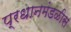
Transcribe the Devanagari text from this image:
प्रधानमंडळीस